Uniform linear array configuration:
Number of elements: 32
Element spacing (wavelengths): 1
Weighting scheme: kaiser
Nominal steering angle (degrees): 0
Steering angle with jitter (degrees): -0.816
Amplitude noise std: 0.05
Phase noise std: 0.05

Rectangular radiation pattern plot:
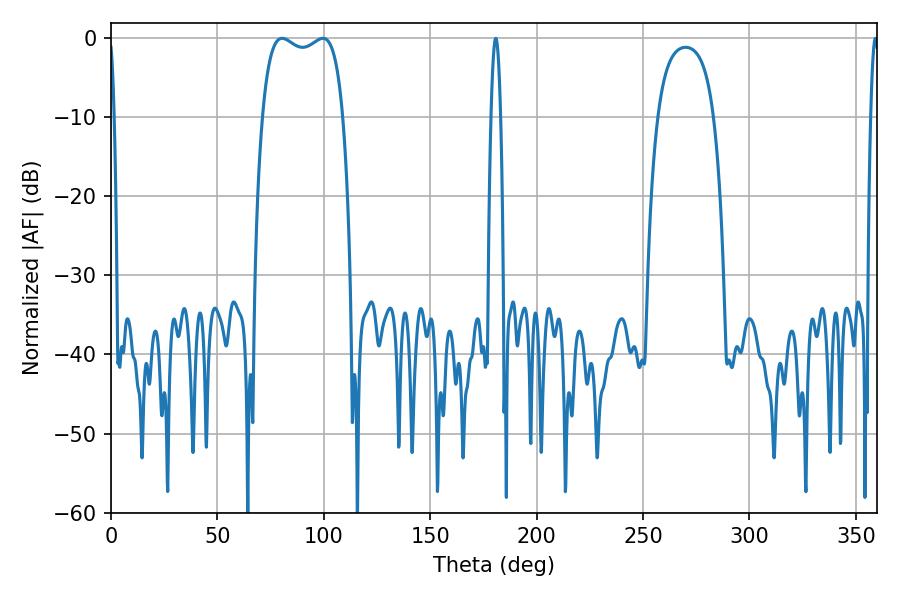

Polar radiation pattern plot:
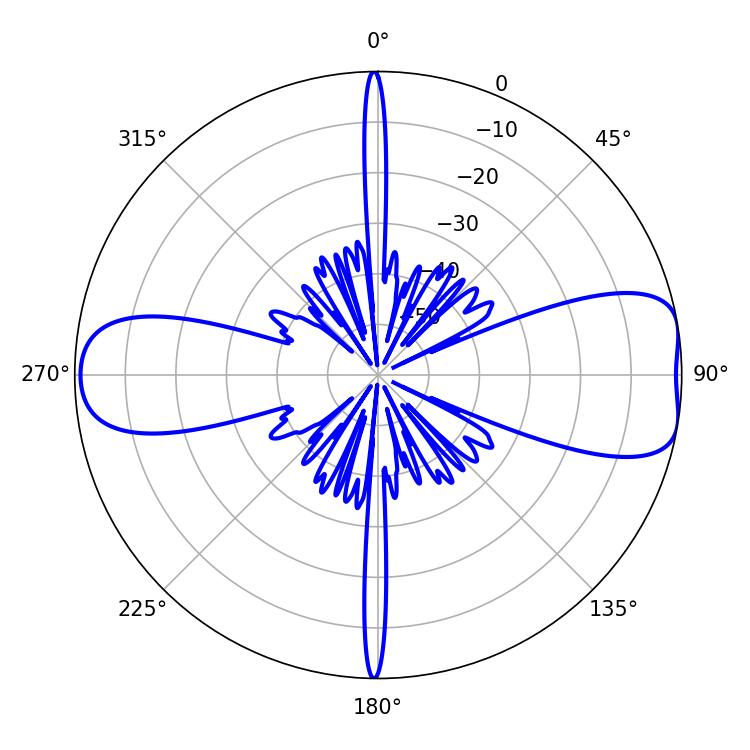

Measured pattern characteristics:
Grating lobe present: TRUE
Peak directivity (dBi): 8.958
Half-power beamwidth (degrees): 30.96
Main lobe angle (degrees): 80.46